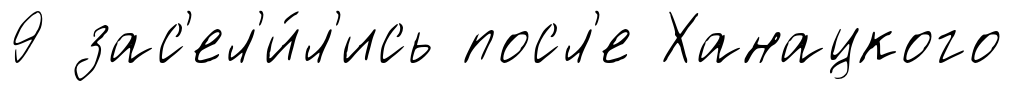
9 зас'ел'и́л'ись посл'е Ханацкого